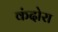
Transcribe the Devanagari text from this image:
कंदोरा